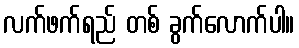
လက်ဖက်ရည် တစ် ခွက်လောက်ပါ။